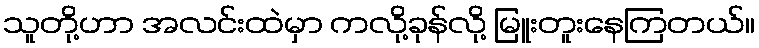
သူတို့ဟာ အလင်းထဲမှာ ကလို့ခုန်လို့ မြူးတူးနေကြတယ်။